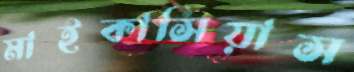
মাইকাসিয়াস